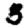
Digit: 3